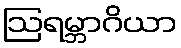
ဩရမ္ဘာဂိယာ